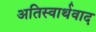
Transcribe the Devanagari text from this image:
अतिस्वार्थवाद